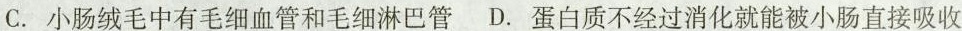
C.小肠绒毛中有毛细血管和毛细淋巴管 D.蛋白质不经过消化就能被小肠直接吸收